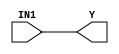
module hardcopyii_and1 (Y, IN1);
   input IN1;
   output Y;
   specify
      (IN1 => Y) = (0, 0);
   endspecify
   buf (Y, IN1);
endmodule